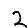
Digit: 2